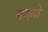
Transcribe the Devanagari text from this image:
मंग्ल्ये